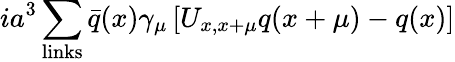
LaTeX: ia^{3}\sum_{\mathrm{links}}\bar{q}(x)\gamma_{\mu}\left[U_{x,x+\mu}q(x+\mu)-q(x)\right]